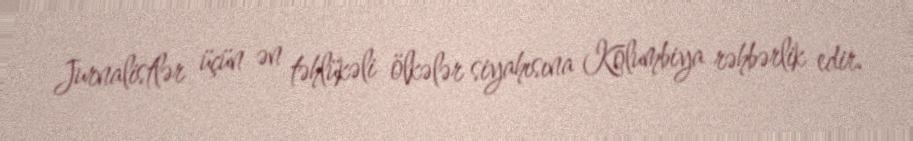
Jurnalistlər üçün ən təhlükəli ölkələr siyahısına Kolumbiya rəhbərlik edir.